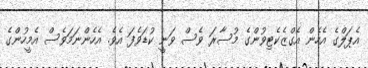
އެޕަލްގެ އެހެން އެގްޒެކެޓިވުންގެ މުސާރަ ވެސް ވަނީ ކުޑަވެފަ އެވެ. އެހެންނަމަވެސް އެމީހުންގެ